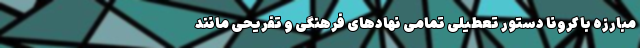
مبارزه با کرونا دستور تعطیلی تمامی نهادهای فرهنگی و تفریحی مانند